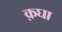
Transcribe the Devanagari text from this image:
क़घा